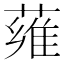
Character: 䔨